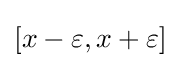
[x-\varepsilon ,x+\varepsilon ]